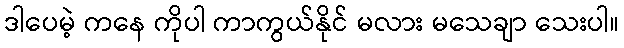
ဒါပေမဲ့ ကနေ ကိုပါ ကာကွယ်နိုင် မလား မသေချာ သေးပါ။